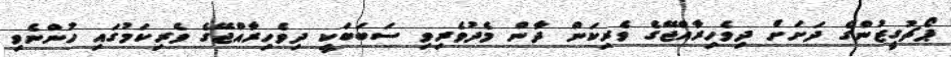
ޕޯޗުގީޒުންގެ ދަށަށް ދިވެހިރާއްޖޭގެ ވެރިކަން ދާން މެދުވެރިވި ސަބަބަކީ ދިވެހިރާއްޖޭގެ ވެރިކަމުގައި ހުންނެވި